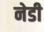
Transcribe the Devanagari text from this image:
नेडी